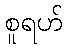
စူရဟ်